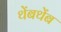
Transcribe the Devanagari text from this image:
थेंबथेंब